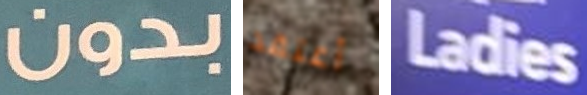
بدون أعتقد Ladies